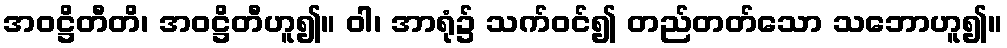
အဝဋ္ဌိတီတိ၊ အဝဋ္ဌိတီဟူ၍။ ဝါ၊ အာရုံ၌ သက်ဝင်၍ တည်တတ်သော သဘောဟူ၍။